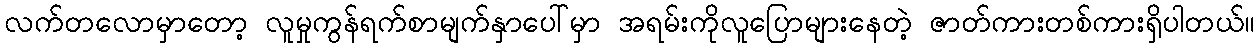
လက်တလောမှာတော့ လူမှုကွန်ရက်စာမျက်နှာပေါ်မှာ အရမ်းကိုလူပြောများနေတဲ့ ဇာတ်ကားတစ်ကားရှိပါတယ်။